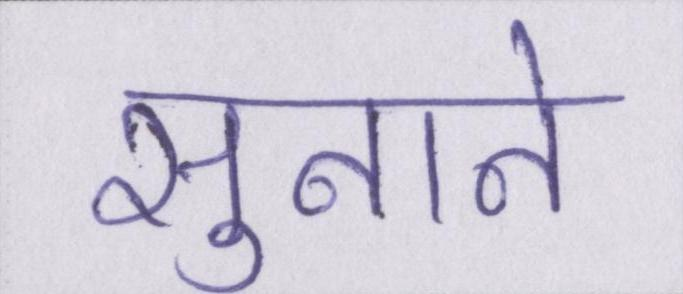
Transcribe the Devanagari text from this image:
सुनाने